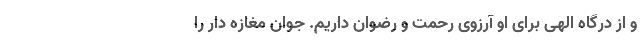
و از درگاه الهی برای او آرزوی رحمت و رضوان داریم. جوان مغازه دار را